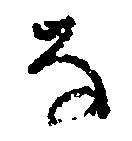
な